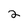
Character: 2